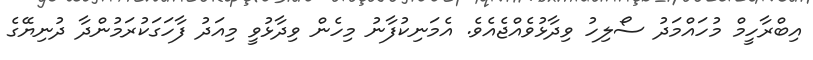
އިބްރާހީމް މުހައްމަދު ސޯލިހު ވިދާޅުވެއްޖެއެވެ. އެމަނިކުފާނު މިހެން ވިދާޅުވީ މިއަދު ފާހަގަކުރަމުންދާ ދުނިޔޭގެ